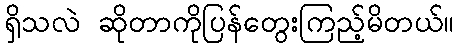
ရှိသလဲ ဆိုတာကိုပြန်တွေးကြည့်မိတယ်။